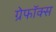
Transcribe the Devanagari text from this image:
ग्रेफॉक्स